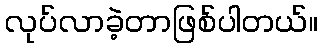
လုပ်လာခဲ့တာဖြစ်ပါတယ်။